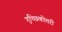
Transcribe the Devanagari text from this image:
गुच्छिकोत्तरी